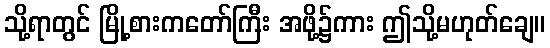
သို့ရာတွင် မြို့စားကတော်ကြီး အဖို့၌ကား ဤသို့မဟုတ်ချေ။